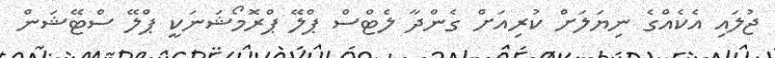
ޖުލައި އެކެއްގެ ނިޔަލަށް ކުރިއަށް ގެންދާ ލެޓްސް ޕްލޭ ޕްރޮމޯޝަނަކީ ޕްލޭ ސްޓޭޝަން